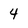
Character: 4